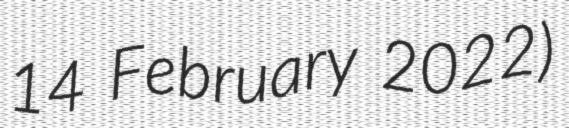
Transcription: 14 February 2022)